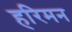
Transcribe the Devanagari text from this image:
हरिमन